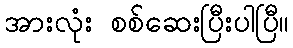
အားလုံး စစ်ဆေးပြီးပါပြီ။